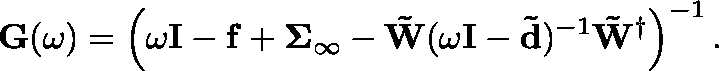
\mathbf { G } ( \omega ) = \left( \omega \mathbf { I } - \mathbf { f } + \mathbf { \Sigma } _ { \infty } - \mathbf { \tilde { W } } ( \omega \mathbf { I } - \mathbf { \tilde { d } } ) ^ { - 1 } \mathbf { \tilde { W } } ^ { \dagger } \right) ^ { - 1 } .